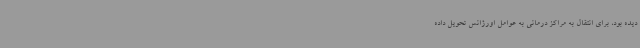
دیده بود، برای انتقال به مراکز درمانی به عوامل اورژانس تحویل داده